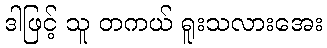
ဒါဖြင့် သူ တကယ် ရူးသလားအေး